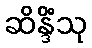
ဆိန္ဒိံသု